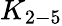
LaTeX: K_{2-5}